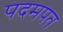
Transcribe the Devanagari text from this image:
पदमपत